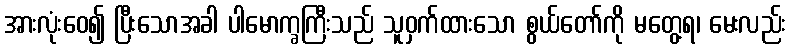
အားလုံးဝေ၍ ပြီးသောအခါ ပါမောက္ခကြီးသည် သူဝှက်ထားသော စွယ်တော်ကို မတွေ့ရ၊ မေးလည်း